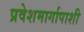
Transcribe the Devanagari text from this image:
प्रवेशमार्गापाशी